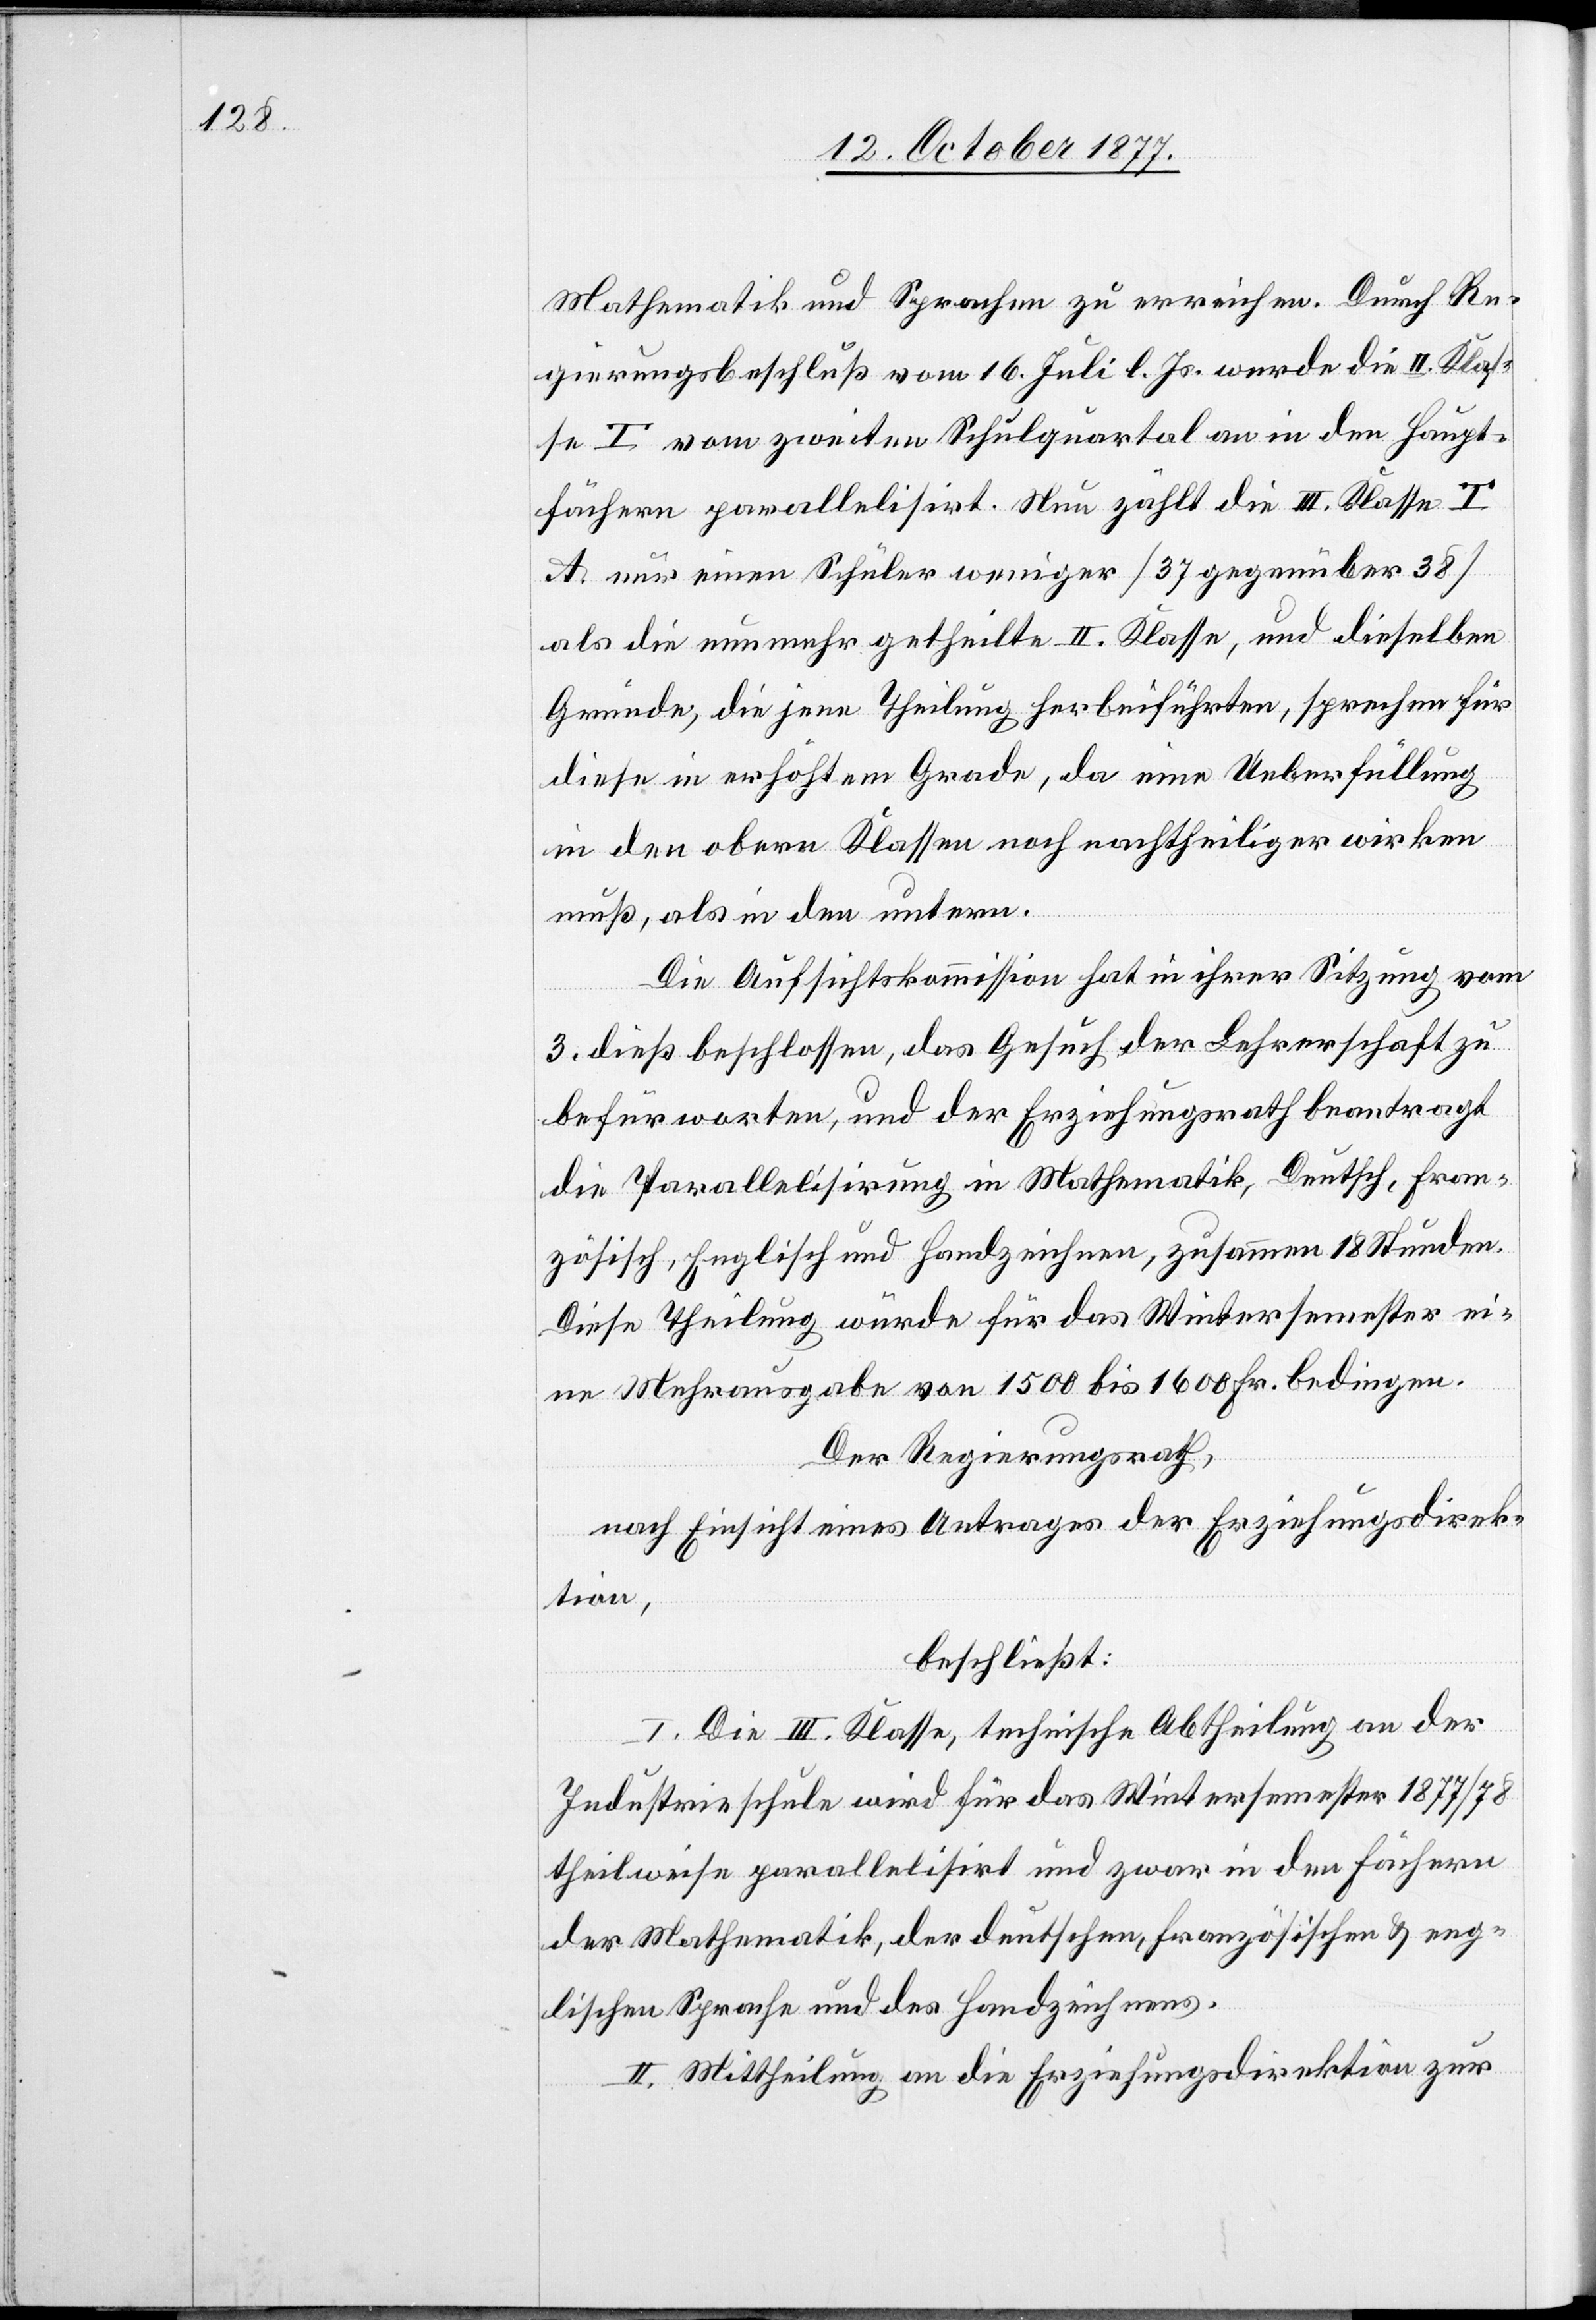
Mathematik und Sprachen zu erreichen. Durch Re¬
gierungsbeschluß vom 16. Juli l. Js. werde die II. Klas¬
se T. [A.] vom zweiten Schulquartal an in den Haupt¬
fächern parallelisirt. Nun zählt die III. Klasse T.
A. nur einen Schüler weniger [37 gegenüber 38]
als die nunmehr getheilte II. Klasse, und dieselben
Gründe, die jene Theilung herbeiführten, sprechen für
diese in erhöhtem Grade, da eine Ueberfüllung
in den obern Klassen noch nachtheiliger wirken
muß, als in den untern.
Die Aufsichtskommission hat in ihrer Sitzung vom
3. dieß beschlossen, das Gesuch der Lehrerschaft zu
befürworten, und der Erziehungsrath beantragt
die Parallelisirung in Mathematik, Deutsch, Fran¬
zösisch, Englisch und Handzeichnen, zusammen 18 Stunden.
Diese Theilung würde für das Wintersemester ei¬
ne Mehrausgabe von 1500 bis 1600 Fr. bedingen.
Der Regierungsrath,
nach Einsicht eines Antrages der Erziehungsdirek¬
tion,
beschließt:
I. Die III. Klasse, technische Abtheilung an der
Industrieschule wird für das Wintersemester 1877/78
theilweise parallelisirt und zwar in den Fächern
der Mathematik, der deutschen, französischen & eng¬
lischen Sprache und des Handzeichnens.
II. Mittheilung an die Erziehungsdirektion zur